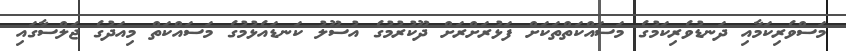
މަސްވެރިކަމާއި ދަނޑުވެރިކަމުގެ މަސައްކަތްތަކަށް ފަޅުރަށްރަށް ދޫކުރުމުގެ އުސޫލު ކަނޑައެޅުމުގެ މަސައްކަތް މިއަދުގެ ޖަލްސާގައި